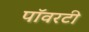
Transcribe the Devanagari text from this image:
पॉवरटी